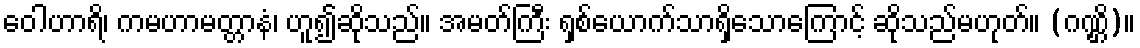
ဝေါဟာရိ၊ ကမဟာမတ္တာနံ၊ ဟူ၍ဆိုသည်။ အမတ်ကြီး ရှစ်ယောက်သာရှိသောကြောင့် ဆိုသည်မဟုတ်။ (ဂဏ္ဌိ)။